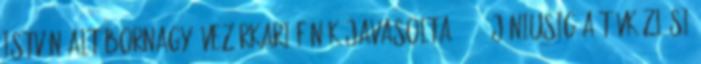
István altábornagy, vezérkari főnök javasolta 1951. júniusig a Távközlési